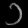
Digit: ၁